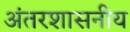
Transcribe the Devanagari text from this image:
अंतरशासनीय